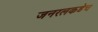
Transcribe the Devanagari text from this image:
जनरलकडेच